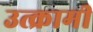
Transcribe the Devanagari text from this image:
उत्क्रामी